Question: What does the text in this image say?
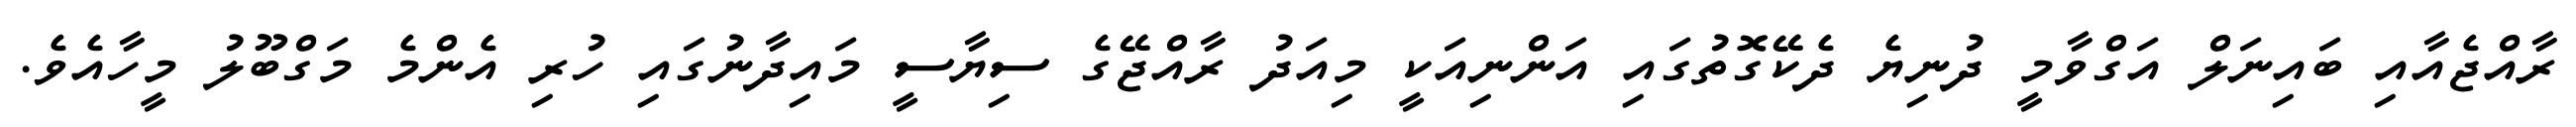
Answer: ރާއްޖެއާއި ބައިނަލް އަގްވާމީ ދުނިޔެ ދެކޭގޮތުގައި އަންނިއަކީ މިއަދު ރާއްޖޭގެ ސިޔާސީ މައިދާނުގައި ހުރި އެންމެ މަގްބޫލު މީހާއެވެ.